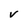
Character: v